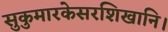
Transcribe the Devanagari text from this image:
सुकुमारकेसरशिखानि।